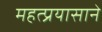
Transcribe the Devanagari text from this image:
महत्प्रयासाने